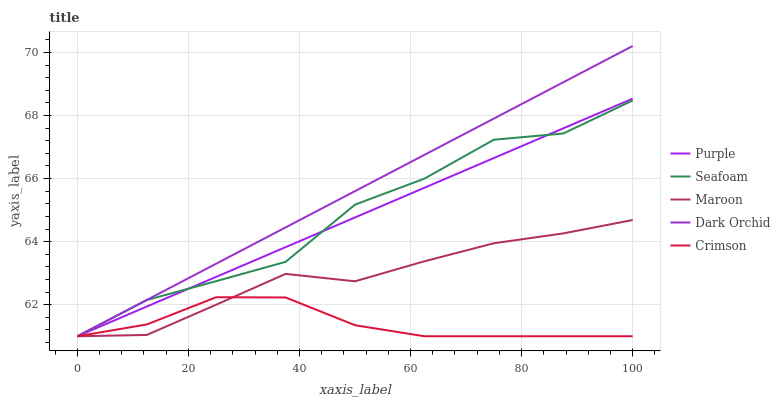
| xaxis_label | Purple | Seafoam | Maroon | Dark Orchid | Crimson |
 | --- | --- | --- | --- | --- | --- |
 | 0 | 61 | 61 | 61 | 61 | 61 |
 | 12.5 | 61.9 | 62.1 | 61 | 62.2 | 61.4 |
 | 25 | 62.9 | 62.7 | 62 | 63.3 | 62.2 |
 | 37.5 | 63.8 | 63.4 | 63 | 64.5 | 62.2 |
 | 50 | 64.8 | 65.2 | 62.7 | 65.6 | 61.4 |
 | 62.5 | 65.7 | 66 | 63.4 | 66.8 | 61 |
 | 75 | 66.7 | 67.2 | 63.9 | 67.9 | 61 |
 | 87.5 | 67.6 | 67.4 | 64.3 | 69.1 | 61 |
 | 100 | 68.5 | 68.5 | 64.7 | 70.2 | 61 |